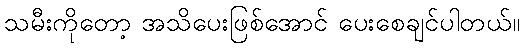
သမီးကိုတော့ အသိပေးဖြစ်အောင် ပေးစေချင်ပါတယ်။